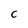
Character: C